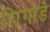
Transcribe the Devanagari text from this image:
शिंगाडे